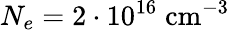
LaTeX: N_{e}=2\cdot 10^{16}\; \textrm{cm}^{-3}